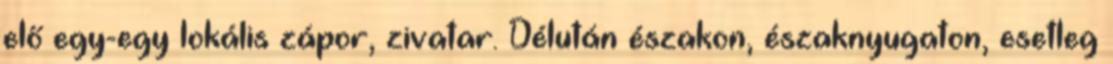
elő egy-egy lokális zápor, zivatar. Délután északon, északnyugaton, esetleg